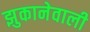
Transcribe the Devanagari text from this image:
झुकानेवाली